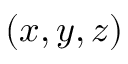
\left( x , y , z \right)